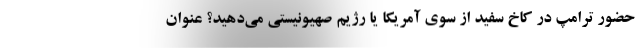
حضور ترامپ در کاخ سفید از سوی آمریکا یا رژیم صهیونیستی می‌دهید؟ عنوان